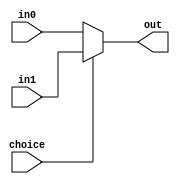
`timescale 1ns / 1ps
//////////////////////////////////////////////////////////////////////////////////
// Company: 
// Engineer: 
// 
// Design Name: 
// Module Name: Mux2_5bits
// Project Name: 
// Target Devices: 
// Tool Versions: 
// Description: 
// 
// Dependencies: 
// 
// Revision:
// Revision 0.01 - File Created
// Additional Comments:
// 
//////////////////////////////////////////////////////////////////////////////////


module Mux2_5bits(
    input choice,
    input [4:0] in0,
    input [4:0] in1,

    output [4:0] out
    );

    assign out = (choice==0) ? in0 : in1;
    
endmodule